Annual administration report of the Civil Veterinary Department of India - 1897-1898
Year: 1897
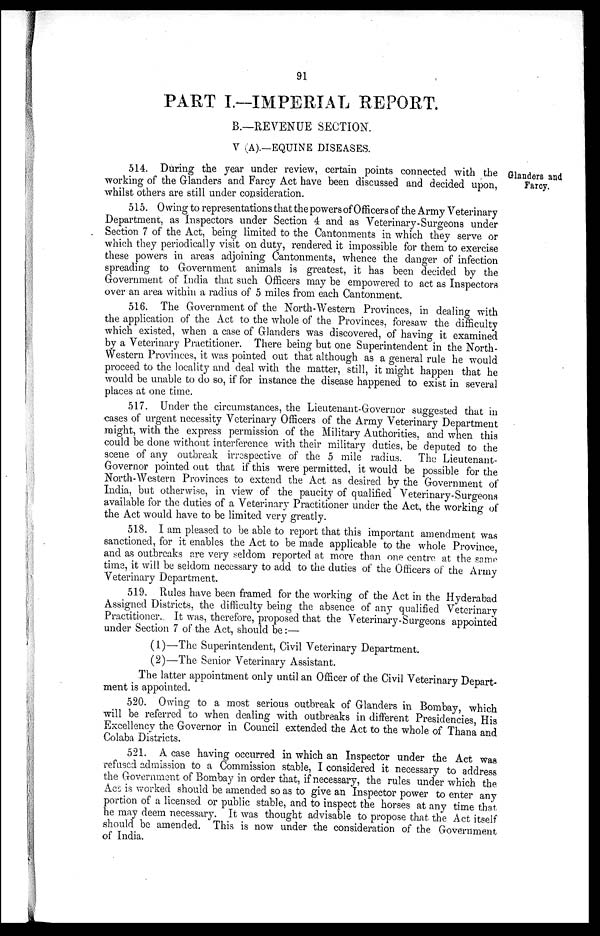
91
PART I.—IMPERIAL REPORT.
B.—REVENUE SECTION.
V (A).—EQUINE DISEASES.
Glanders and
Farcy,
514. During the year under review, certain points connected with the
working of the Glanders and Farcy Act have been discussed and decided upon,
whilst others are still under consideration.
515. Owing to representations that the powers of Officers of the Army Veterinary
Department, as Inspectors under Section 4 and as Veterinary-Surgeons under
Section 7 of the Act, being limited to the Cantonments in which they serve or
which they periodically visit on duty, rendered it impossible for them to exercise
these powers in areas adjoining Cantonments, whence the danger of infection
spreading to Government animals is greatest, it has been decided by the
Government of India that such Officers may be empowered to act as Inspectors
over an area within a radius of 5 miles from each Cantonment.
516. The Government of the North-Western Provinces, in dealing with
the application of the Act to the whole of the Provinces, foresaw the difficulty
which existed, when a case of Glanders was discovered, of having it examined
by a Veterinary Practitioner. There being but one Superintendent in the North-
Western Provinces, it was pointed out that although as a general rule he would
proceed to the locality and deal with the matter, still, it might happen that he
would be unable to do so, if for instance the disease happened to exist in several
places at one time.
517. Under the circumstances, the Lieutenant-Governor suggested that in
cases of urgent necessity Veterinary Officers of the Army Veterinary Department
might, with the express permission of the Military Authorities, and when this
could be done without interference with their military duties, be deputed to the
scene of any outbreak irrespective of the 5 mile radius. The Lieutenant-
Governor pointed out that if this were permitted, it would be possible for the
North-Western Provinces to extend the Act as desired by the Government of
India, but otherwise, in view of the paucity of qualified Veterinary-Surgeons
available for the duties of a Veterinary Practitioner under the Act, the working of
the Act would have to be limited very greatly.
518. I am pleased to be able to report that this important amendment was
sanctioned, for it enables the Act to be made applicable to the whole Province,
and as outbreaks are very seldom reported at more than one centre at the same
time, it will be seldom necessary to add to the duties of the Officers of the Army
Veterinary Department.
519. Rules have been framed for the working of the Act in the Hyderabad
Assigned Districts, the difficulty being the absence of any qualified Veterinary
Practitioner. It was, therefore, proposed that the Veterinary-Surgeons appointed
under Section 7 of the Act, should be:—
(1)—The Superintendent, Civil Veterinary Department.
(2)—The Senior Veterinary Assistant.
The latter appointment only until an Officer of the Civil Veterinary Depart-
ment is appointed.
520. Owing to a most serious outbreak of Glanders in Bombay, which
will be referred to when dealing with outbreaks in different Presidencies, His
Excellency the Governor in Council extended the Act to the whole of Thana and
Colaba Districts.
521. A case having occurred in which an Inspector under the Act was
refused admission to a Commission stable, I considered it necessary to address
the Government of Bombay in order that, if necessary, the rules under which the
Act is worked should be amended so as to give an Inspector power to enter any
portion of a licensed or public stable, and to inspect the horses at any time that
he may deem necessary. It was thought advisable to propose that the Act itself
should be amended. This is now under the consideration of the Government
of India.